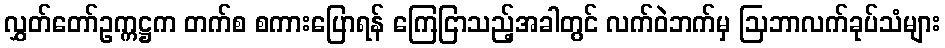
လွှတ်တော်ဥက္ကဋ္ဌက တက်စ စကားပြောရန် ကြေငြာသည့်အခါတွင် လက်ဝဲဘက်မှ ဩဘာလက်ခုပ်သံများ